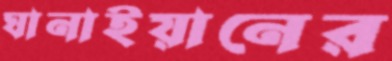
ঘানাইয়ানের